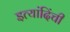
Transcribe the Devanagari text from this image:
इत्यांदिंची